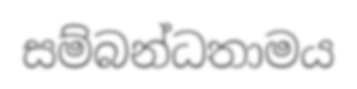
සම්බන්ධතාමය